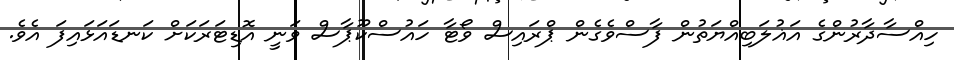
ހިއްސާދާރުންގެ އަޣުލަބިއްޔަތުން ފާސްވެގެން ޕްރައިސް ވޯޓާ ހައުސްކޫޕާސް ވަނީ އޮޑިޓަރަކަށް ކަނޑައަޅައިފަ އެވެ.